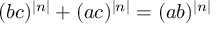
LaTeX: ( b c ) ^ { | n | } + ( a c ) ^ { | n | } = ( a b ) ^ { | n | }